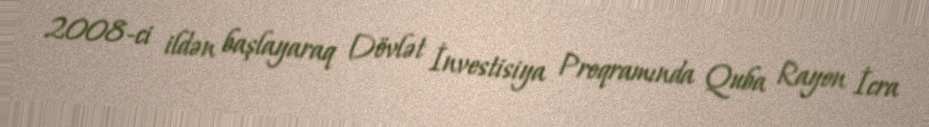
2008-ci ildən başlayaraq Dövlət İnvestisiya Proqramında Quba Rayon İcra